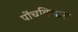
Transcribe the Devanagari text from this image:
पोंचविणारा